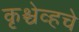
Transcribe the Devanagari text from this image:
कृश्चेव्हचे